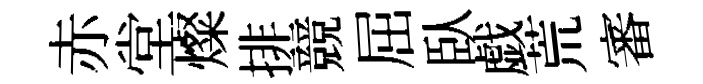
赤堂燦排競屈臥戯荒審